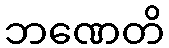
ဘဏေတိ